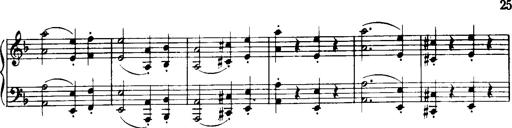
Title: Historische ungarische Bildnisse
Composer: Franz Liszt